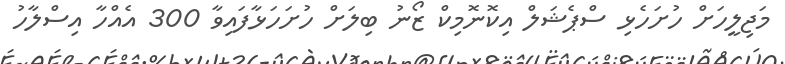
މަޖިލީހަށް ހުށަހެޅި ސްޕެޝަލް އިކޮނޮމިކް ޒޯނު ބިލަށް ހުށަހަޅާފައިވާ 300 އެއްހާ އިސްލާހު